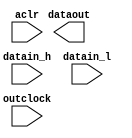
module delay (
	aclr,
	datain_h,
	datain_l,
	outclock,
	dataout);

	input	  aclr;
	input	[0:0]  datain_h;
	input	[0:0]  datain_l;
	input	  outclock;
	output	[0:0]  dataout;

endmodule